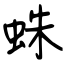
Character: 蛛